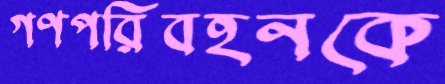
গণপরিবহনকে